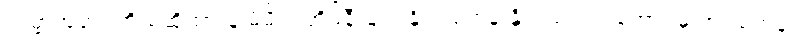
ကမ္ဘာ့အဆင့်ကို မဆိုထားနဲ့ မိမိရဲ့ အိမ်နီးချင်းနိုင်ငံတွေနဲ့ နှိုင်းယှဉ်ရင်တောင်မှ အင်မတန်